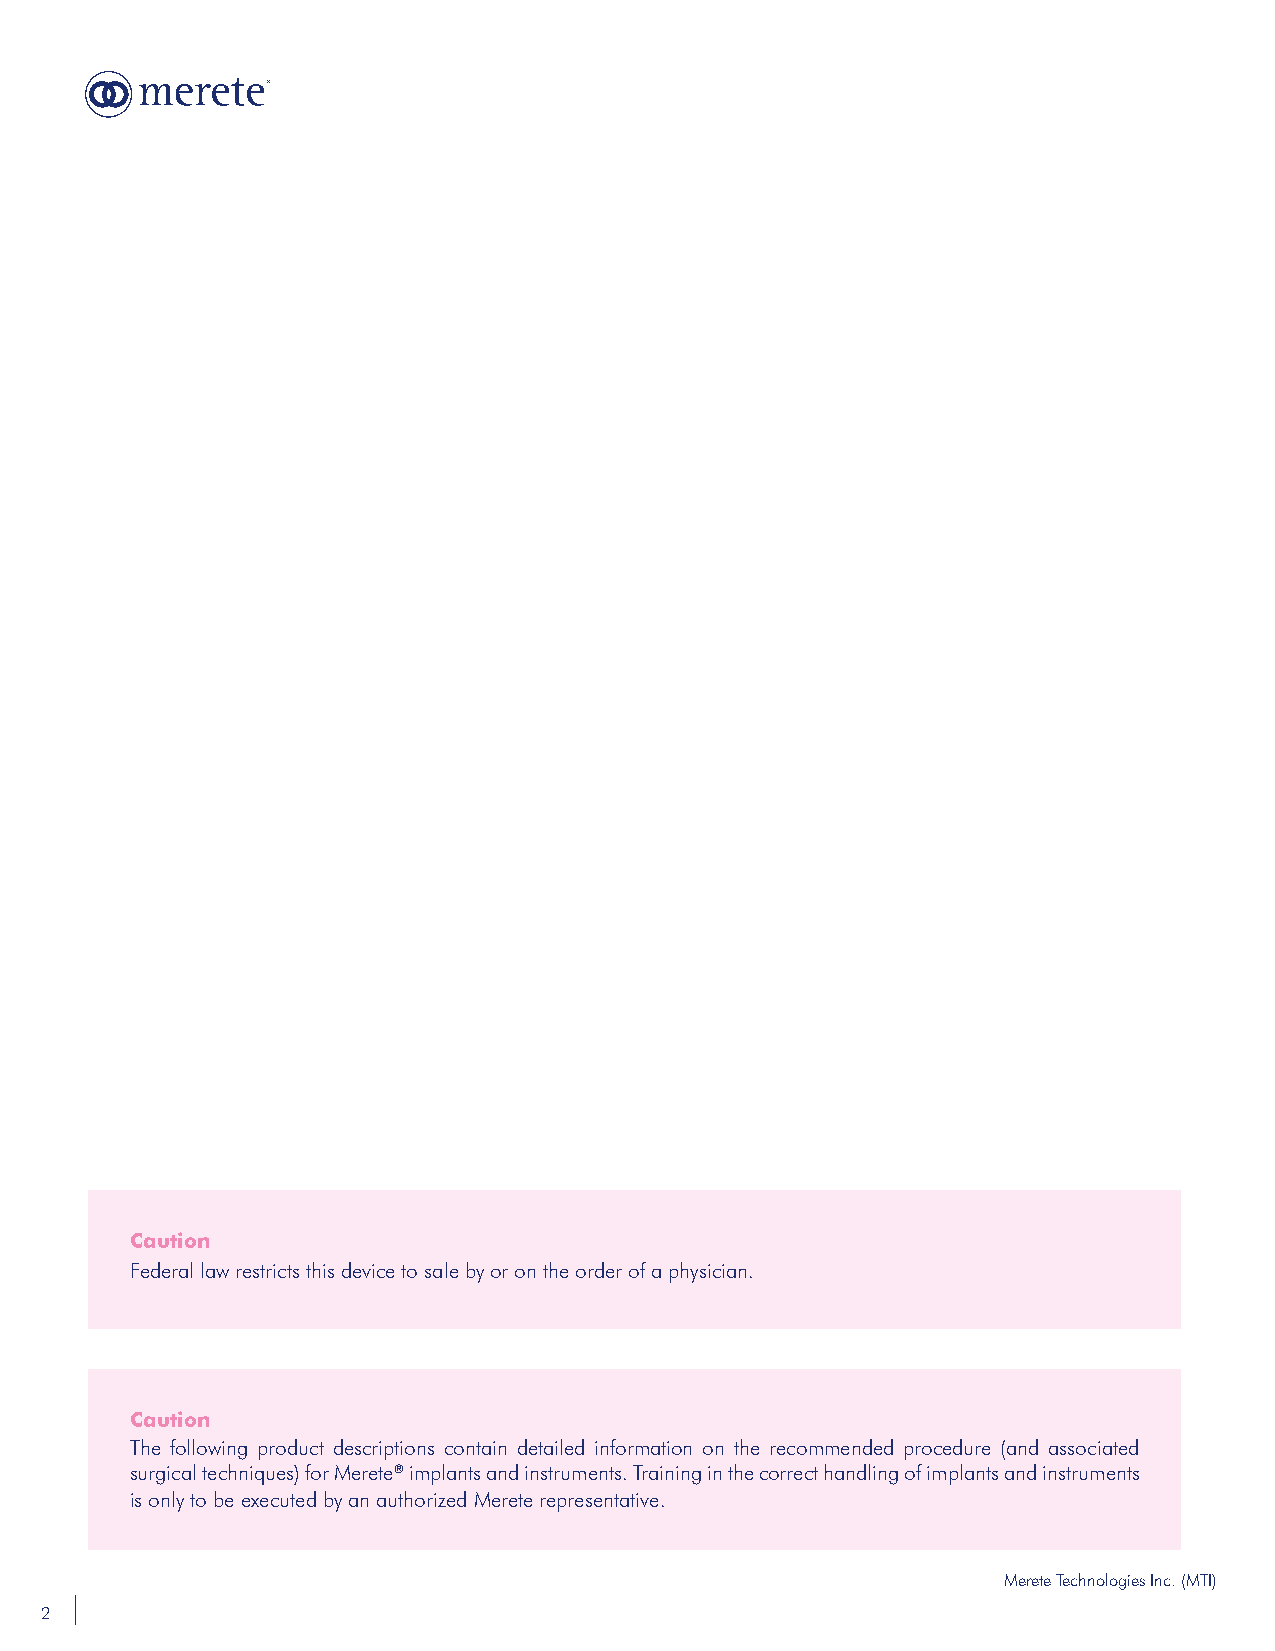
Caution
 Federal law restricts this device to sale by or on the order of a physician.
 Caution
 The following product descriptions contain detailed information on the recommended procedure (and associated
 surgical techniques) for Merete® implants and instruments. Training in the correct handling of implants and instruments
 is only to be executed by an authorized Merete representative.
 Merete Technologies Inc. (MTI)
 2